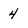
Character: 4